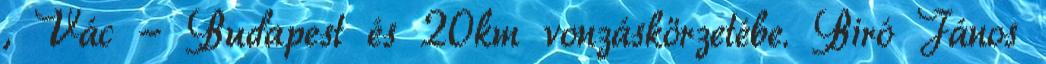
, Vác - Budapest és 20km vonzáskörzetébe. Biró János